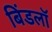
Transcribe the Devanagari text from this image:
बिंडलॉ